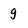
Character: g